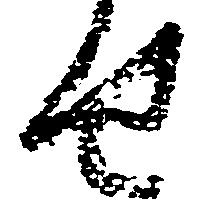
せ